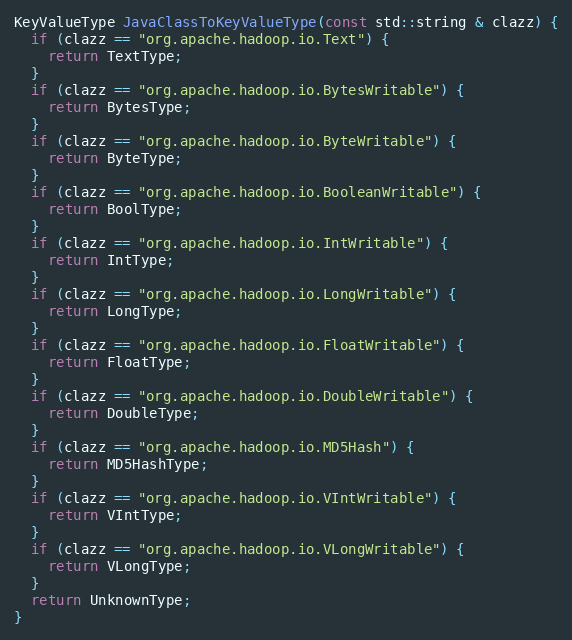
Language: C++
KeyValueType JavaClassToKeyValueType(const std::string & clazz) {
  if (clazz == "org.apache.hadoop.io.Text") {
    return TextType;
  }
  if (clazz == "org.apache.hadoop.io.BytesWritable") {
    return BytesType;
  }
  if (clazz == "org.apache.hadoop.io.ByteWritable") {
    return ByteType;
  }
  if (clazz == "org.apache.hadoop.io.BooleanWritable") {
    return BoolType;
  }
  if (clazz == "org.apache.hadoop.io.IntWritable") {
    return IntType;
  }
  if (clazz == "org.apache.hadoop.io.LongWritable") {
    return LongType;
  }
  if (clazz == "org.apache.hadoop.io.FloatWritable") {
    return FloatType;
  }
  if (clazz == "org.apache.hadoop.io.DoubleWritable") {
    return DoubleType;
  }
  if (clazz == "org.apache.hadoop.io.MD5Hash") {
    return MD5HashType;
  }
  if (clazz == "org.apache.hadoop.io.VIntWritable") {
    return VIntType;
  }
  if (clazz == "org.apache.hadoop.io.VLongWritable") {
    return VLongType;
  }
  return UnknownType;
}